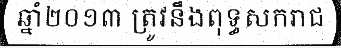
ឆ្នាំ២០១៣ ត្រូវនឹងពុទ្ធសករាជ